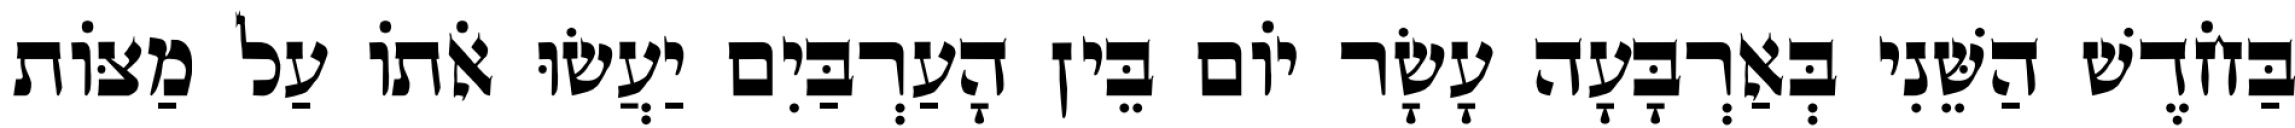
בַּחֹדֶשׁ הַשֵּׁנִי בְּאַרְבָּעָה עָשָׂר יוֹם בֵּין הָעַרְבַּיִם יַעֲשׂוּ אֹתוֹ עַל מַצּוֹת